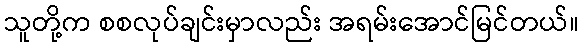
သူတို့က စစလုပ်ချင်းမှာလည်း အရမ်းအောင်မြင်တယ်။